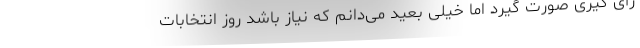
رأی گیری صورت گیرد اما خیلی بعید می‌دانم که نیاز باشد روز انتخابات